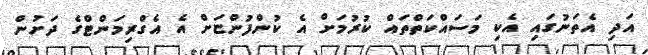
އަދި އެތަނުގައި އެކި މަސައްކަތްތައް ކުރުމަށް އެ ކުންފުންޏަށް އެ އެގްރިމަންޓްގެ ދަށުން